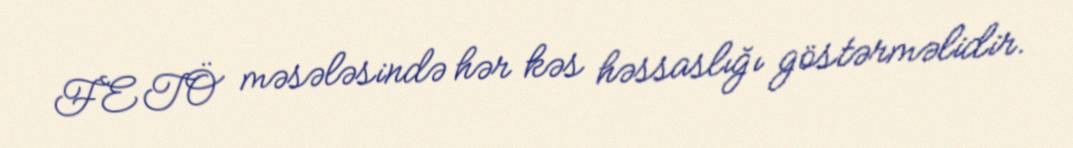
FETÖ məsələsində hər kəs həssaslığı göstərməlidir.